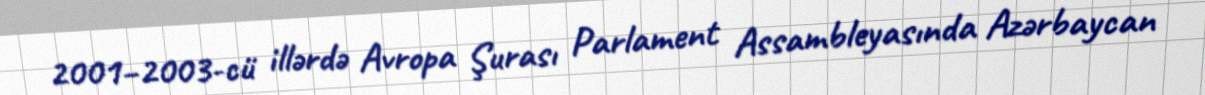
2001–2003-cü illərdə Avropa Şurası Parlament Assambleyasında Azərbaycan